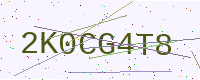
Text: 2K0CG4T8